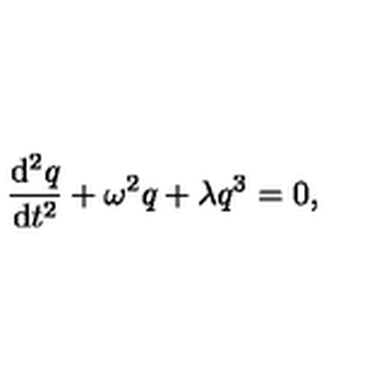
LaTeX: { \frac { \mathrm { d } ^ { 2 } q } { \mathrm { d } t ^ { 2 } } } + \omega ^ { 2 } q + \lambda q ^ { 3 } = 0 ,